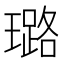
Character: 璐